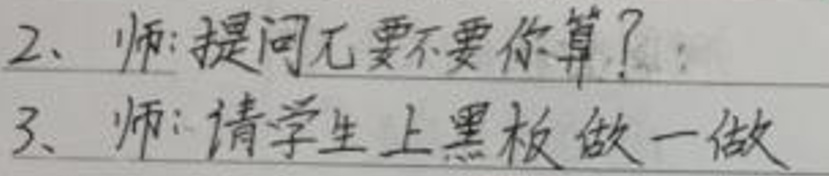
1. 师：提问兀要不要你算？
2. 师：请学生上黑板做一做